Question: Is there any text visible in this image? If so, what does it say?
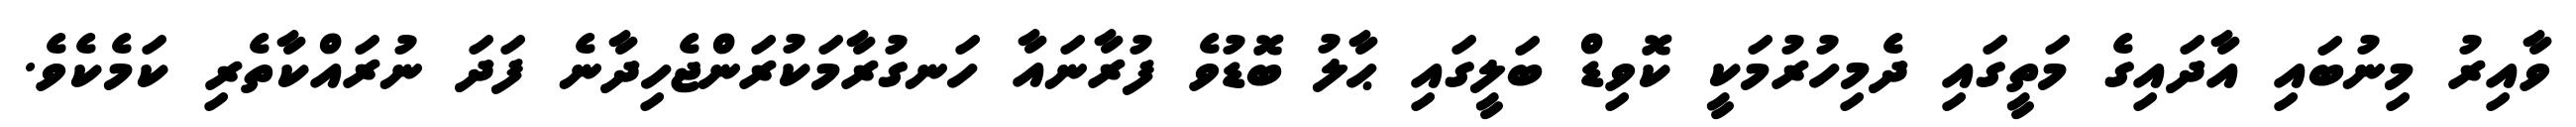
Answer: ވާއިރު މިނުބައި އާދައިގެ މަތީގައި ދެމިހުރުމަކީ ކޮވިޑް ބަލީގައި ޙާލު ބޮޑުވެ ފުރާނައާ ހަނގުރާމަކުރަންޖެހިދާނެ ފަދަ ނުރައްކާތެރި ކަމެކެވެ.